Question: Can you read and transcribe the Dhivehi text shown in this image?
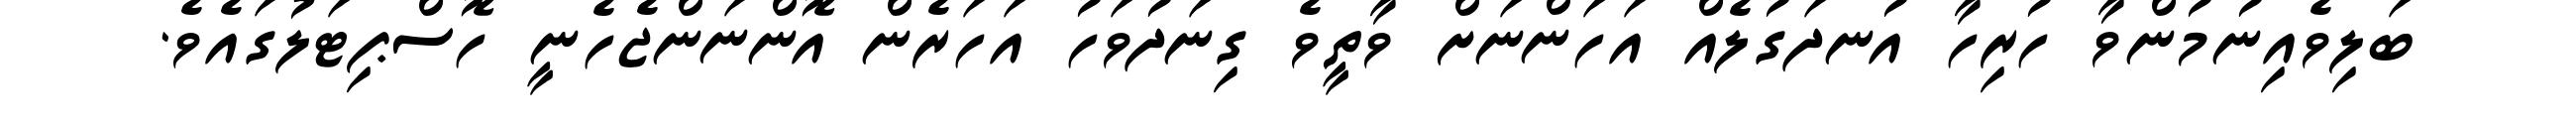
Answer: ބަލިވެއިނުމުންވާ ހުރިހާ އުނދަގުލެއް އަހަންނަށް ވާތީވެ ގިނަދުވަހު އަހަރެން އޮންނަންޖެހެނީ ހޮސްޕިޓަލުގައެވެ.